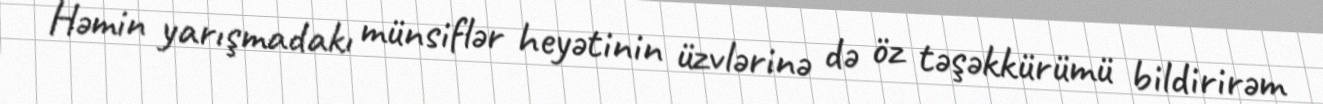
Həmin yarışmadakı münsiflər heyətinin üzvlərinə də öz təşəkkürümü bildirirəm